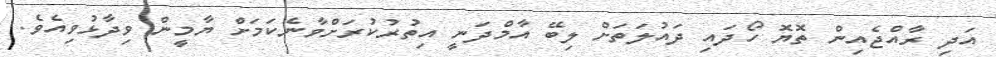
އަދި ރާއްޖެއިން ތޮޔޮ ހޯދައި ދައުލަތަށް ލިބޭ އާމްދަނީ އިތުރުކުރަށްވާނެކަމަށް ޔާމީން ވިދާޅުވިއެވެ.